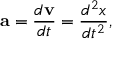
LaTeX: \mathbf { a } = { \frac { d \mathbf { v } } { d t } } = { \frac { d ^ { 2 } { \boldsymbol { x } } } { d t ^ { 2 } } } ,